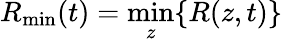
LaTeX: R_{\mathrm{min}}(t)=\operatorname*{min}_{z}\{ R(z,t)\}